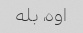
اوه، بله